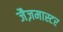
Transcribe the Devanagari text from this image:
जैज़मास्टर